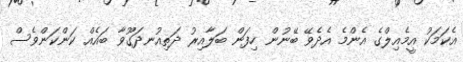
އެކަމަކު އީމެއިލްގެ އެންމެ އެދެވޭ ބޭނުން ހިފަން ބަލާއިރު ދަތިއުނދަގޫވާ ބައެއް ކަންކަންވެސް